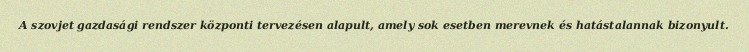
A szovjet gazdasági rendszer központi tervezésen alapult, amely sok esetben merevnek és hatástalannak bizonyult.